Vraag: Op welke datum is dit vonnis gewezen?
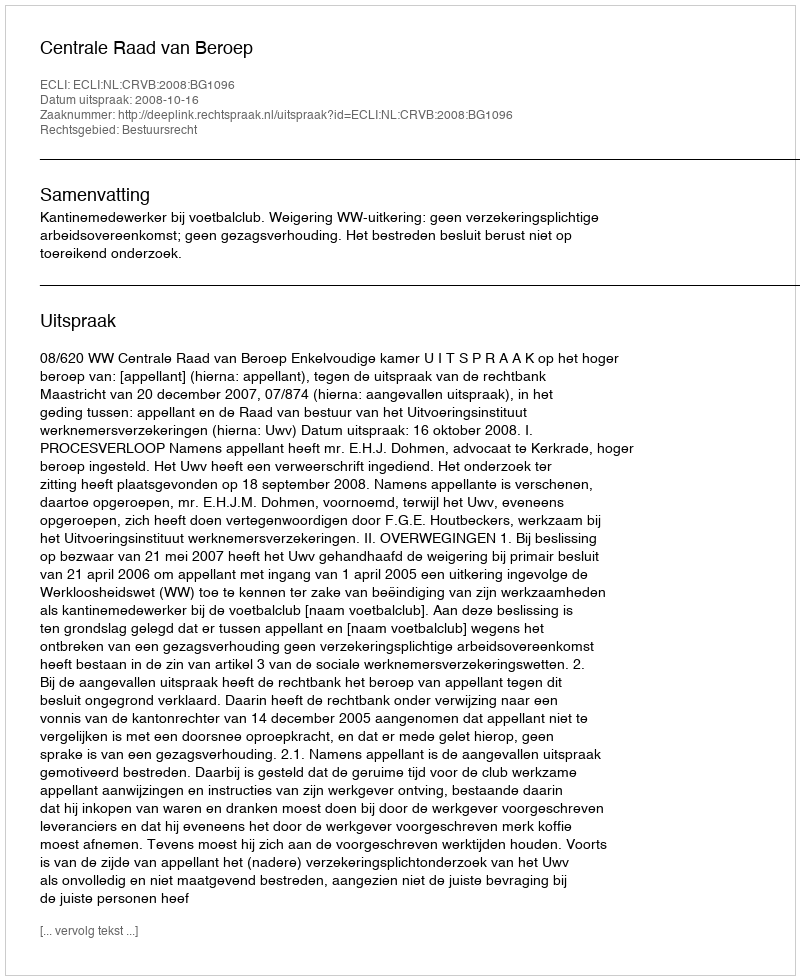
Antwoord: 2008-10-16